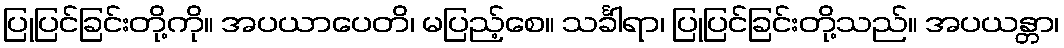
ပြုပြင်ခြင်းတို့ကို။ အပယာပေတိ၊ မပြည့်စေ။ သင်္ခါရာ၊ ပြုပြင်ခြင်းတို့သည်။ အပယန္တာ၊